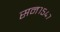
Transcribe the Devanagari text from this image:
सन१५४७